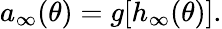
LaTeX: a_{\infty}(\theta)=g[h_{\infty}(\theta)].